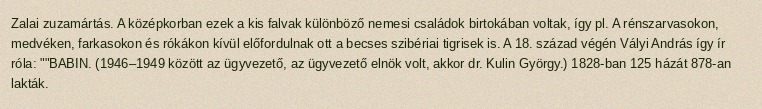
Zalai zuzamártás. A középkorban ezek a kis falvak különböző nemesi családok birtokában voltak, így pl. A rénszarvasokon, medvéken, farkasokon és rókákon kívül előfordulnak ott a becses szibériai tigrisek is. A 18. század végén Vályi András így ír róla: ""BABIN. (1946–1949 között az ügyvezető, az ügyvezető elnök volt, akkor dr. Kulin György.) 1828-ban 125 házát 878-an lakták.